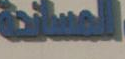
المساندة